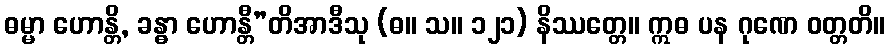
ဓမ္မာ ဟောန္တိ, ခန္ဓာ ဟောန္တီ”တိအာဒီသု (ဓ။ သ။ ၁၂၁) နိဿတ္တေ။ ဣဓ ပန ဂုဏေ ဝတ္တတိ။